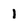
Character: I